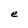
Character: e